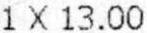
1 X 13.00